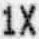
1X